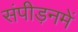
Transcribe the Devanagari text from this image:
संपीड़नमें